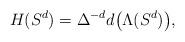
LaTeX: \begin{align*} H(S^d) = \Delta^{-d}d\big(\Lambda(S^d)\big),\end{align*}